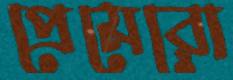
প্রেমেরো